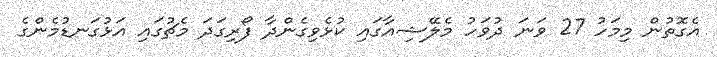
އެގޮތުން މިމަހު 27 ވަނަ ދުވަހު މެލޭޝިއާގައި ކުޅެވިގެންދާ ފޯރިގަދަ މެޗުގައި އަޅުގަނޑުމެންގެ